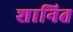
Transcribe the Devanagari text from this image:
शानित